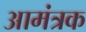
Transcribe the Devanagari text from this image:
आमंत्रक